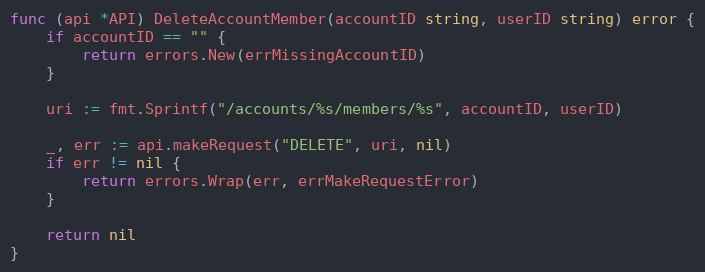
Language: Go
func (api *API) DeleteAccountMember(accountID string, userID string) error {
	if accountID == "" {
		return errors.New(errMissingAccountID)
	}

	uri := fmt.Sprintf("/accounts/%s/members/%s", accountID, userID)

	_, err := api.makeRequest("DELETE", uri, nil)
	if err != nil {
		return errors.Wrap(err, errMakeRequestError)
	}

	return nil
}